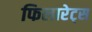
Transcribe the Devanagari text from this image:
फिलारेट्स